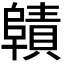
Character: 𮥜